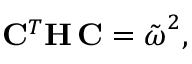
{ \bf C } ^ { T } { \bf H } \, { \bf C } = \tilde { \boldsymbol { \omega } } ^ { 2 } ,